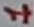
Text: 1